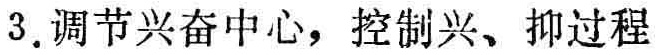
3. 调节兴奋中心，控制兴、抑过程